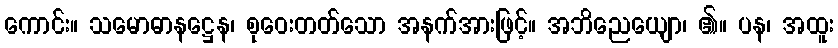
ကောင်း။ သမောဓာနဋ္ဌေန၊ စုဝေးတတ်သော အနက်အားဖြင့်။ အဘိညေယျော၊ ၏။ ပန၊ အထူး